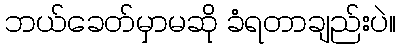
ဘယ်ခေတ်မှာမဆို ခံရတာချည်းပဲ။